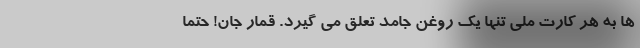
ها به هر کارت ملی تنها یک روغن جامد تعلق می گیرد. قمارِ جان! حتماً